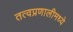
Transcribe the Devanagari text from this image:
तत्वप्रणालीमध्ये